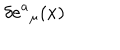
LaTeX: \delta e { ^ a } _ { \mu } ( x )